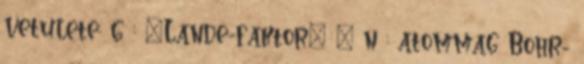
vetülete: g : „Lande-faktor”  n : atommag Bohr-